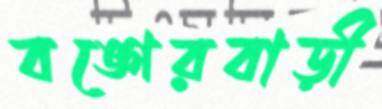
বঙ্গেরবাড়ী